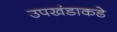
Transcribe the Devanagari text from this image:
उपखंडाकडे